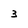
Character: 3